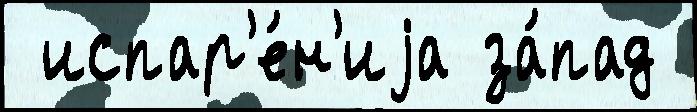
 испар'е́н'иjа за́пад